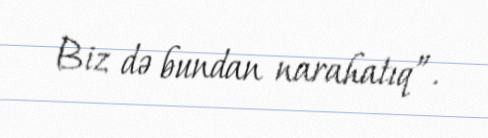
Biz də bundan narahatıq”.